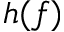
h ( f )